Note on the mental hospitals in Burma - 1925-1940
Year: 1925
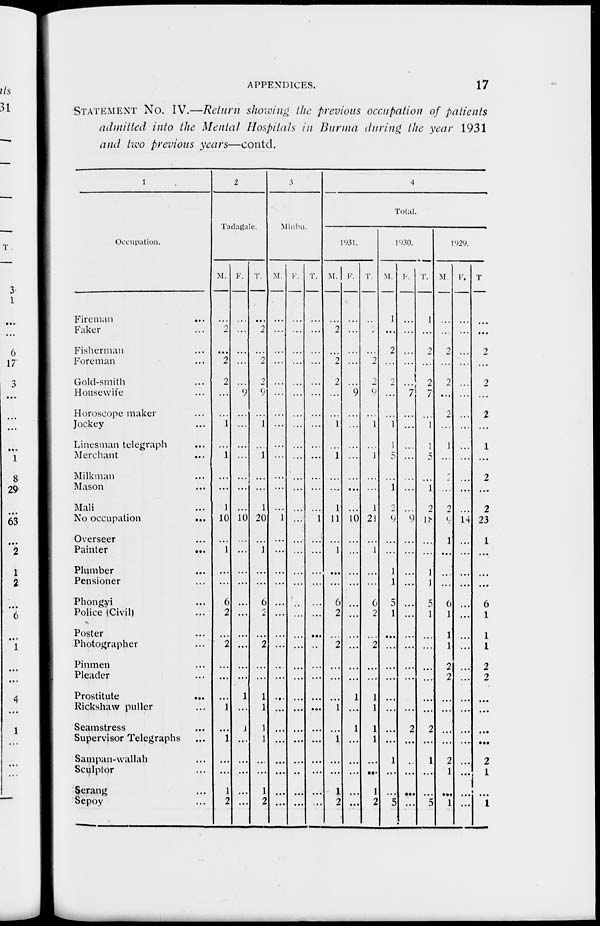
APPENDICES.
17
STATEMENT NO. IV.—Return showing the previous occupation of patients
admitted into the Mental Hospitals in Burma during the year 1931
and two previous years—contd.
1
Occupation.
Fireman
...
Faker ...
Fisherman ...
Foreman ...
Gold-smith ...
Housewife ...
Horoscope maker ...
Jockey ...
Linesman telegraph ...
Merchant ...
Milkman ...
Mason ...
Mali ...
No occupation
...
Overseer ...
Painter ...
Plumber ...
Pensioner ...
Phongyi ...
Police (Civil) ...
Poster ...
Photographer ...
Pinmen ...
Pleader ...
Prostitute
...
Rickshaw puller ...
Seamstress ...
Supervisor Telegraphs ...
Sampan-wallah ...
Sculptor ...
Serang ...
Sepoy ...
2
Tadagale.
M.
...
2
...
2
2
...
...
1
...
1
...
...
1
10
...
1
...
...
6
2
...
2
...
...
...
1
...
1
...
...
1
2
F.
...
...
...
...
...
9
...
...
...
...
...
...
...
10
...
...
...
...
...
...
...
...
...
...
1
...
1
...
...
...
...
...
T.
...
2
...
2
2
9
...
1
...
1
...
...
1
20
...
1
...
...
6
2
...
2
...
...
1
1
1
1
...
...
1
2
3
Minbu.
M.
...
...
...
...
...
...
...
...
...
...
...
...
...
1
...
...
...
...
...
...
...
...
...
...
...
...
...
...
...
...
...
...
F.
...
...
...
...
...
...
...
...
...
...
...
...
...
...
...
...
...
...
...
...
...
...
...
...
...
...
...
...
...
...
...
...
T.
...
...
...
...
...
...
...
...
...
...
...
...
...
1
...
...
...
...
...
...
...
...
...
...
...
...
...
...
...
...
...
...
4
Total.
1931.
M.
...
2
...
2
2
...
...
1
...
1
...
...
1
11
...
1
...
...
6
2
...
2
...
...
...
1
...
1
...
...
1
2
F.
...
...
...
...
...
9
...
...
...
...
...
...
...
10
...
...
...
...
...
...
...
...
...
...
1
...
1
...
...
...
...
...
T.
...
2
...
2
2
9
...
1
...
1
...
...
1
21
...
1
...
...
6
2
...
2
...
...
1
1
1
1
...
...
1
2
1930.
M.
1
...
2
...
2
...
...
1
...
5
...
1
2
9
...
...
1
1
5
1
...
...
...
...
...
...
...
...
1
...
...
5
F.
...
...
...
...
...
7
...
...
...
...
...
...
...
9
...
...
...
...
...
...
...
...
...
...
...
...
2
...
...
...
...
...
T.
1
...
2
...
2
7
...
1
1
5
...
1
2
18
...
...
1
1
5
1
...
...
...
...
...
...
2
...
1
...
...
5
1929.
M
...
...
2
...
2
...
2
...
1
...
2
...
2
9
1
...
...
...
6
1
1
1
2
2
...
...
...
...
2
1
...
1
F.
...
...
...
...
...
...
...
...
...
...
...
...
...
14
...
...
...
...
...
...
...
...
...
...
...
...
...
...
...
...
...
...
T
...
...
2
...
2
...
2
...
1
...
2
...
2
23
1
...
...
...
6
1
1
1
2
2
...
...
...
...
2
1
...
1